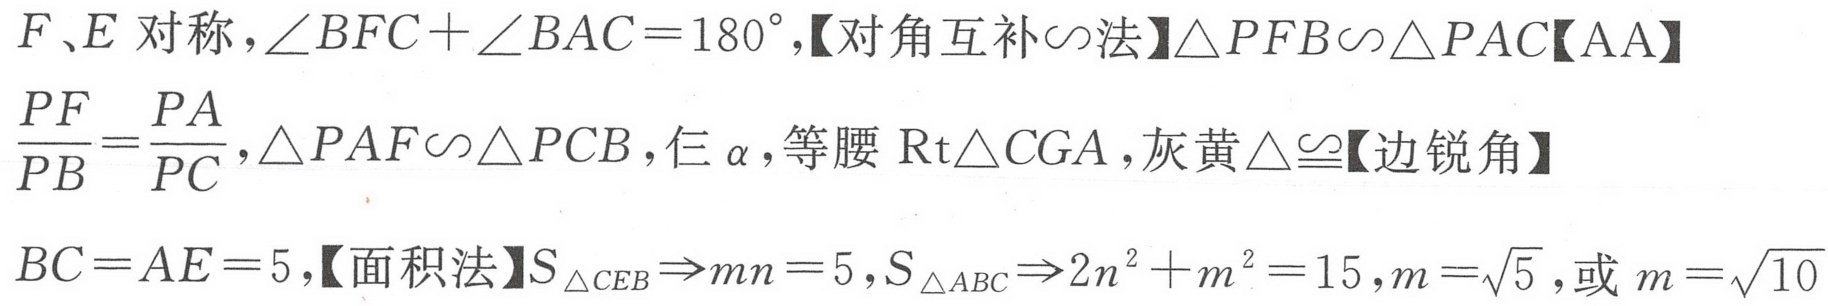
\(F、E\ 对称，\angle BFC+\angle BAC = 180^{\circ},【对角互补\sim法】\triangle PFB\sim\triangle PAC【AA】\)
\(\frac{PF}{PB}=\frac{PA}{PC},\triangle PAF\sim\triangle PCB,仨\ \alpha,等腰\ Rt\triangle CGA,灰黄\triangle\cong【边锐角】\)
\(BC = AE = 5,【面积法】S_{\triangle CEB}\Rightarrow mn = 5,S_{\triangle ABC}\Rightarrow 2n^{2}+m^{2}=15,m = \sqrt{5},或\ m=\sqrt{10}\)